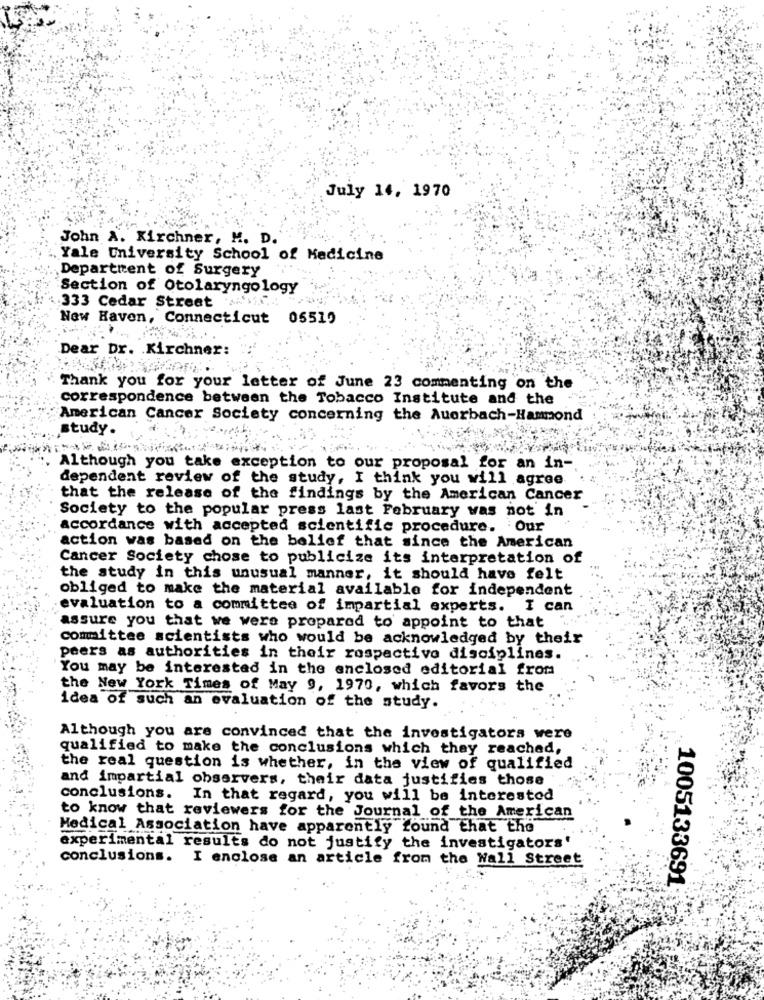
July 14, 1970
John A. Kirchner, M. D.
Yale University School of Medicine
Department of Surgery
Section of Otolaryngology
333 Cedar Street MA
New Haven, Connecticut 05519
Dear Dr. . Kirchner:
Thank you for your letter of June 23 commenting on the
correspondence between the Tobacco Institute and the
American Cancer Society concerning the Auerbach-Hammond
study.
Although you take exception to our proposal for an in-
dependent review of the study, I think you will agree
that the release of the findings by the American Cancer
Society to the popular press last February was not in
accordance with accepted scientific procedure. Our
action was based on the belief that since the American
Cancer Society chose to publicize its interpretation of
the study in this unusual manner, it should have felt
obliged to make the material available for independent
evaluation to a committee of impartial experts. I can
assure you that we were prepared to appoint to that
committee scientists who would be acknowledged by their
peers as authorities in their respective disciplines.
You may be interested in the enclosed editorial from
the New York Times of May 9, 1970, which favors the
idea of such an evaluation of the study.
Although you are convinced that the investigators were
qualified to make the conclusions which they reached,
the real question is whether, in the view of qualified
and impartial observers, their data justifies those
conclusions. In that regard, you will be interested
to know that reviewers for the Journal of the American
Medical Association have apparently found that the
experimental results do not justify the investigators'
conclusions. I enclose an article from the Wall Street
1005133691